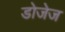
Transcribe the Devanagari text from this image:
डोजेज